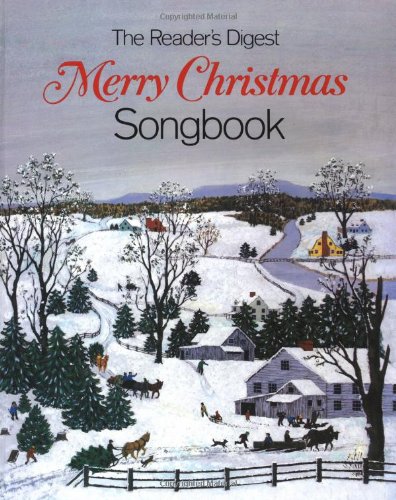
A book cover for The Reader's Digest Merry Christmas Songbook; Christian Books & Bibles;